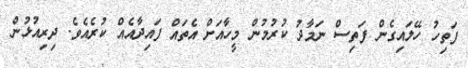
ފަތިހު ހޭލައިގެން ފަތިސް ނަމާދު ކުރުމުން މީހާއަށް އެތައް ފައިދާއެއް ކުރެއެވެ. ދިރިއުޅުން